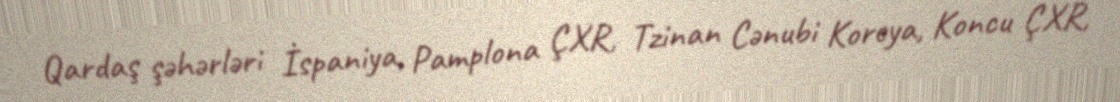
Qardaş şəhərləri İspaniya, Pamplona ÇXR, Tzinan Cənubi Koreya, Koncu ÇXR,